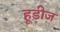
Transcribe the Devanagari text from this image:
हूडीज